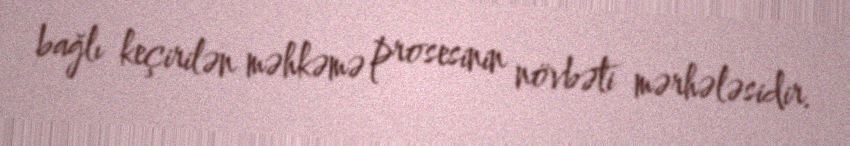
bağlı keçirilən məhkəmə prosesinin növbəti mərhələsidir.